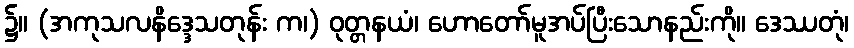
၌။ (အကုသလနိဒ္ဒေသတုန်း က၊) ဝုတ္တနယံ၊ ဟောတော်မူအပ်ပြီးသောနည်းကို။ ဒေဿတုံ၊